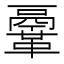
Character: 鞷